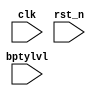
module n101_subsys_bpty (

  input             bptylvl,

  `ifdef N101_HAS_ILM
  `ifdef N101_LM_ITF_TYPE_AHBL 
      
  input [1:0]       ilm_htrans,   
  input             ilm_hwrite,
  input             ilm_hmastlock,
  input [`N101_ILM_DATA_WIDTH-1:0] ilm_hwdata,   
  input [`N101_ILM_ADDR_WIDTH-1:0]ilm_haddr,    
  input [2:0]       ilm_hsize, 
  input [2:0]       ilm_hburst, 
  input [3:0]       ilm_hprot, 
                                      
                                      
                                      
  input  [`N101_ILM_DATA_WIDTH-1:0]ilm_hrdata,   
  input  [1:0]       ilm_hresp, 
  input              ilm_hready,   
       `ifdef N101_HAS_BUS_PARITY
  input  [1:0]       ilm_hcmdbpty,
  input  [3:0]       ilm_hwdatabpty,
  input  [3:0]       ilm_haddrbpty,

  output [3:0]       ilm_hrdatabpty,
  output             ilm_hrspbpty,
  input              ilm_phfatal,
       `endif
  `endif
  `endif

  `ifdef N101_HAS_DLM
  `ifdef N101_LM_ITF_TYPE_AHBL 
      
  input  [1:0]       dlm_htrans,   
  input              dlm_hwrite,
  input              dlm_hmastlock,
  input  [`N101_DLM_DATA_WIDTH-1:0] dlm_hwdata,   
  input  [`N101_DLM_ADDR_WIDTH-1:0] dlm_haddr,    
  input  [2:0]       dlm_hsize, 
  input  [2:0]       dlm_hburst, 
  input  [3:0]       dlm_hprot, 
                                      
                                      
  input  [1:0]       dlm_master,
                                      
  input  [`N101_DLM_DATA_WIDTH-1:0]dlm_hrdata,   
  input  [1:0]       dlm_hresp, 
  input              dlm_hready,   
       `ifdef N101_HAS_BUS_PARITY
  input  [1:0]       dlm_hcmdbpty,
  input  [3:0]       dlm_hwdatabpty,
  input  [3:0]       dlm_haddrbpty,

  output [3:0]       dlm_hrdatabpty,
  output             dlm_hrspbpty,
  input              dlm_phfatal,
       `endif
  `endif
  `endif

  `ifdef N101_HAS_MEM_ITF
  `ifdef N101_MEM_TYPE_AHBL 
      
  input  [1:0]       htrans,   
  input              hwrite,
  input              hmastlock,
  input  [`N101_XLEN    -1:0] hwdata,   
  input  [`N101_ADDR_SIZE    -1:0] haddr,    
  input  [2:0]       hsize, 
  input  [2:0]       hburst, 
  input  [3:0]       hprot, 
                                      
                                      
  input  [1:0]       master,
                                      
  input  [`N101_XLEN    -1:0]hrdata,   
  input  [1:0]       hresp, 
  input              hready,   
       `ifdef N101_HAS_BUS_PARITY
  input  [1:0]       hcmdbpty,
  input  [3:0]       hwdatabpty,
  input  [3:0]       haddrbpty,

  output [3:0]       hrdatabpty,
  output             hrspbpty,
  input              phfatal,
       `endif
  `endif
  `endif


  input  clk,
  input  rst_n
  );


`ifdef N101_LM_ITF_TYPE_AHBL 
`ifdef N101_HAS_ILM 
n101_subsys_ahb_bpty #(
  .ADDR_SIZE (`N101_ILM_ADDR_WIDTH)
 ) n101_subsys_ahb_ilm_bpty
(
    .bptylvl    (bptylvl       ),   
    .htrans     (ilm_htrans    ),
    .hsize      (ilm_hsize     ), 
    .hburst     (ilm_hburst    ),
    .hprot      (ilm_hprot     ), 
    .hwrite     (ilm_hwrite    ),   
    .hmastlock  (ilm_hmastlock ),   
    .master     (2'b0          ),
    .hwdata     (ilm_hwdata    ),   
    .haddr      (ilm_haddr     ),    
    .hrdata     (ilm_hrdata    ),   
    .hresp      (ilm_hresp     ),  
    .hready     (ilm_hready    ), 
    .hcmdbpty   (ilm_hcmdbpty  ),
    .hwdatabpty (ilm_hwdatabpty),
    .haddrbpty  (ilm_haddrbpty ),
    .hrspbpty   (ilm_hrspbpty  ),
    .hrdatabpty (ilm_hrdatabpty),
    .phfatal    (ilm_phfatal   ),
    .clk        (clk           ),   
    .rst_n      (rst_n         )
);
`endif


`ifdef N101_HAS_DLM 
n101_subsys_ahb_bpty #(
  .ADDR_SIZE (`N101_DLM_ADDR_WIDTH)
 ) n101_subsys_ahb_dlm_bpty
(
    .bptylvl    (bptylvl       ),   
    .htrans     (dlm_htrans    ),
    .hsize      (dlm_hsize     ), 
    .hburst     (dlm_hburst    ),
    .hprot      (dlm_hprot     ), 
    .hwrite     (dlm_hwrite    ),   
    .hmastlock  (dlm_hmastlock ),   
    .master     (dlm_master    ),
    .hwdata     (dlm_hwdata    ),   
    .haddr      (dlm_haddr     ),    
    .hrdata     (dlm_hrdata    ),   
    .hresp      (dlm_hresp     ),  
    .hready     (dlm_hready    ), 
    .hcmdbpty   (dlm_hcmdbpty  ),
    .hwdatabpty (dlm_hwdatabpty),
    .haddrbpty  (dlm_haddrbpty ),
    .hrspbpty   (dlm_hrspbpty  ),
    .hrdatabpty (dlm_hrdatabpty),
    .phfatal    (dlm_phfatal   ),
    .clk        (clk           ),   
    .rst_n      (rst_n         )
);
`endif

`endif

`ifdef N101_HAS_MEM_ITF 
`ifdef N101_MEM_TYPE_AHBL 
n101_subsys_ahb_bpty #(
  .ADDR_SIZE (`N101_ADDR_SIZE)
 ) n101_subsys_ahb_mem_bpty
(
    .bptylvl    (bptylvl       ),   
    .htrans     (htrans        ),
    .hsize      (hsize         ), 
    .hburst     (hburst        ),
    .hprot      (hprot         ), 
    .hwrite     (hwrite        ),   
    .hmastlock  (hmastlock     ),   
    .master     (master        ),
    .hwdata     (hwdata        ),   
    .haddr      (haddr         ),    
    .hrdata     (hrdata        ),   
    .hresp      (hresp         ),  
    .hready     (hready        ), 
    .hcmdbpty   (hcmdbpty      ),
    .hwdatabpty (hwdatabpty    ),
    .haddrbpty  (haddrbpty     ),
    .hrspbpty   (hrspbpty      ),
    .hrdatabpty (hrdatabpty    ),
    .phfatal    (phfatal       ),
    .clk        (clk           ),   
    .rst_n      (rst_n         )
);
`endif
`endif







  endmodule